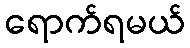
ရောက်ရမယ်